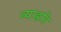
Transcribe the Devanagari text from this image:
व्याह्रति